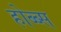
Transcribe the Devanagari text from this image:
होब्ब्स